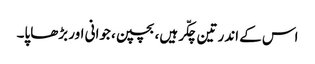
اس کے اندر تین چکّر ہیں، بچپن، جوانی اور بڑھاپا۔